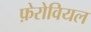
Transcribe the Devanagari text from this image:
फ़ेरोवियल